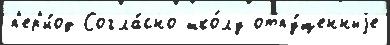
п'ер'и́од Согла́сно шко́лу отпу́щенныjе